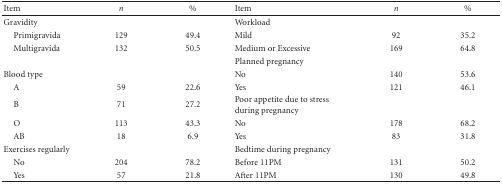
| Item | n | % | Item | n | % |
 | --- | --- | --- | --- | --- | --- |
 | Gravidity |  |  | Workload |  |  |
 | Primigravida | 129 | 49.4 | Mild | 92 | 35.2 |
 | Multigravida | 132 | 50.5 | Medium or Excessive | 169 | 64.8 |
 |  |  |  | Planned pregnancy |  |  |
 | Blood type |  |  | No | 140 | 53.6 |
 | A | 59 | 22.6 | Yes | 121 | 46.1 |
 | B | 71 | 27.2 | Poor appetite due to stress during pregnancy |  |  |
 | O | 113 | 43.3 | No | 178 | 68.2 |
 | AB | 18 | 6.9 | Yes | 83 | 31.8 |
 | Exercises regularly |  |  | Bedtime during pregnancy |  |  |
 | No | 204 | 78.2 | Before 11PM | 131 | 50.2 |
 | Yes | 57 | 21.8 | After 11PM | 130 | 49.8 |